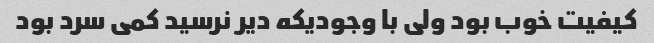
کیفیت خوب بود ولی با وجودیکه دیر نرسید کمی سرد بود